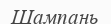
Шампань